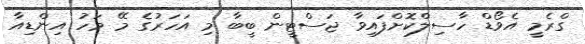
ގްރެމީ އެވޯޑް ހާސިލްކޮށްފައިވާ ޖަސްޓީން ބީބާ މި އަހަރުގެ މޭ މަހު އިންޑިއާ